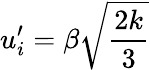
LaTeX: u_{i}^{\prime}=\beta\sqrt{\frac{2k}{3}}